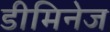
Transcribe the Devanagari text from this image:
डीमिनेज